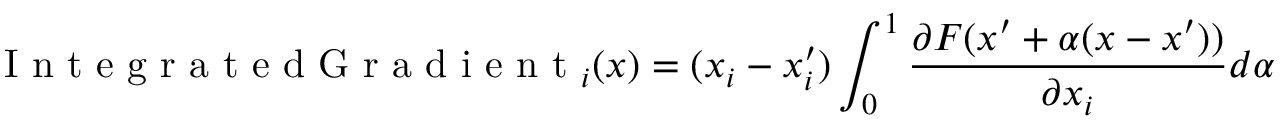
\textrm { I n t e g r a t e d G r a d i e n t } _ { i } ( x ) = ( x _ { i } - x _ { i } ^ { \prime } ) \int _ { 0 } ^ { 1 } \frac { \partial F ( x ^ { \prime } + \alpha ( x - x ^ { \prime } ) ) } { \partial x _ { i } } d \alpha